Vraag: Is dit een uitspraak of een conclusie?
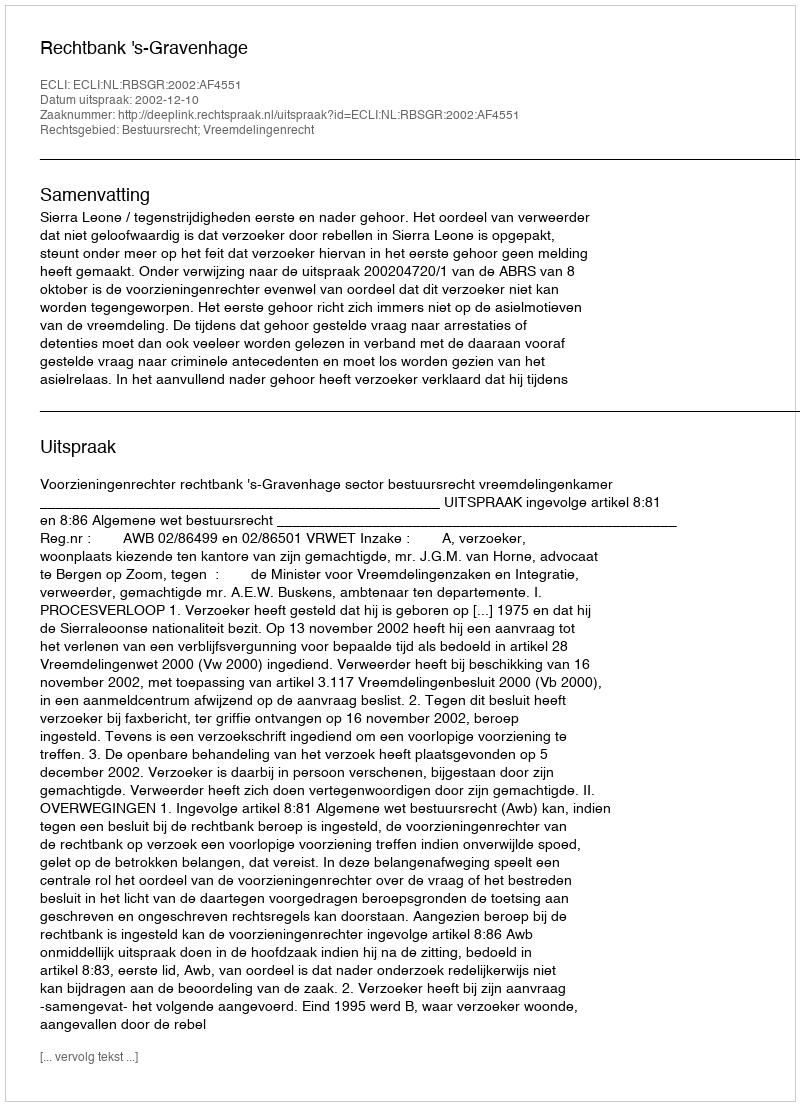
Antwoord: Uitspraak